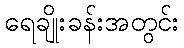
ရေချိုးခန်းအတွင်း